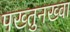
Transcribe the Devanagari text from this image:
पख्तुनख्वा